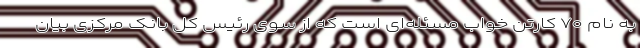
به نام ۷۰ کارتن خواب مسئله‌ای است که از سوی رئیس کل بانک مرکزی بیان